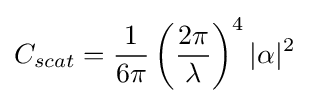
C_{scat}={\frac {1}{6\pi }}\left({\frac {2\pi }{\lambda }}\right)^{4}|\alpha |^{2}